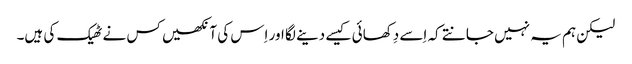
‏ لیکن ہم یہ نہیں جانتے کہ اِسے دِکھائی کیسے دینے لگا اور اِس کی آنکھیں کس نے ٹھیک کی ہیں۔